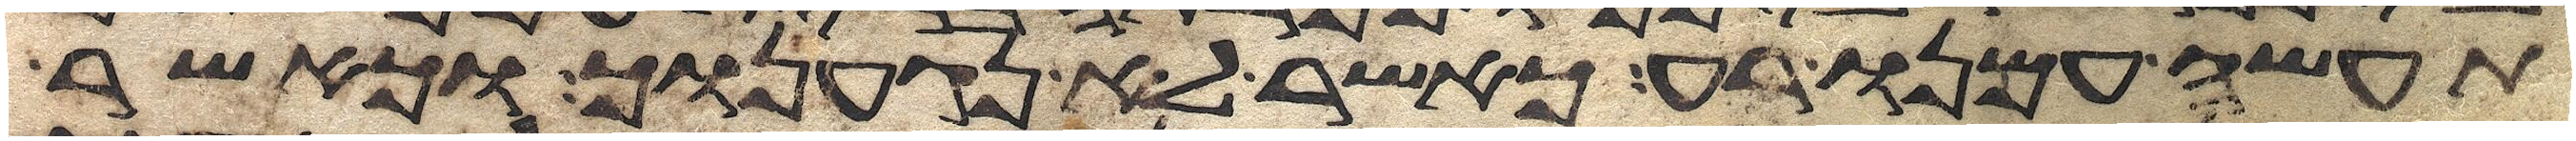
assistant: תעשה עמנו רע כאשר לא נגענוך וכאשר